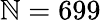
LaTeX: \mathbb{N}=699